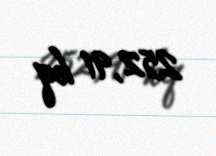
252,91 kq